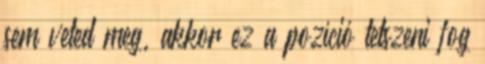
sem veted meg, akkor ez a pozíció tetszeni fog